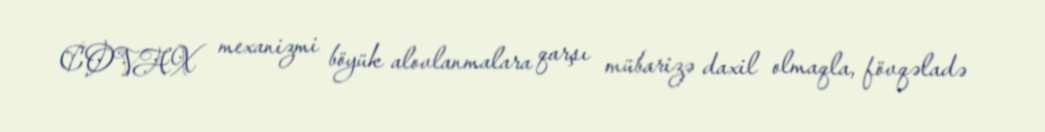
COVAX mexanizmi böyük alovlanmalara qarşı mübarizə daxil olmaqla, fövqəladə